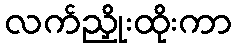
လက်ညှိုးထိုးကာ